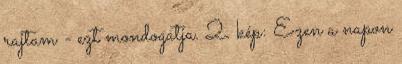
rajtam - ezt mondogatja. 2. kép: Ezen a napon